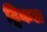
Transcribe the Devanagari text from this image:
ट्विकल